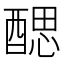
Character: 𨡾